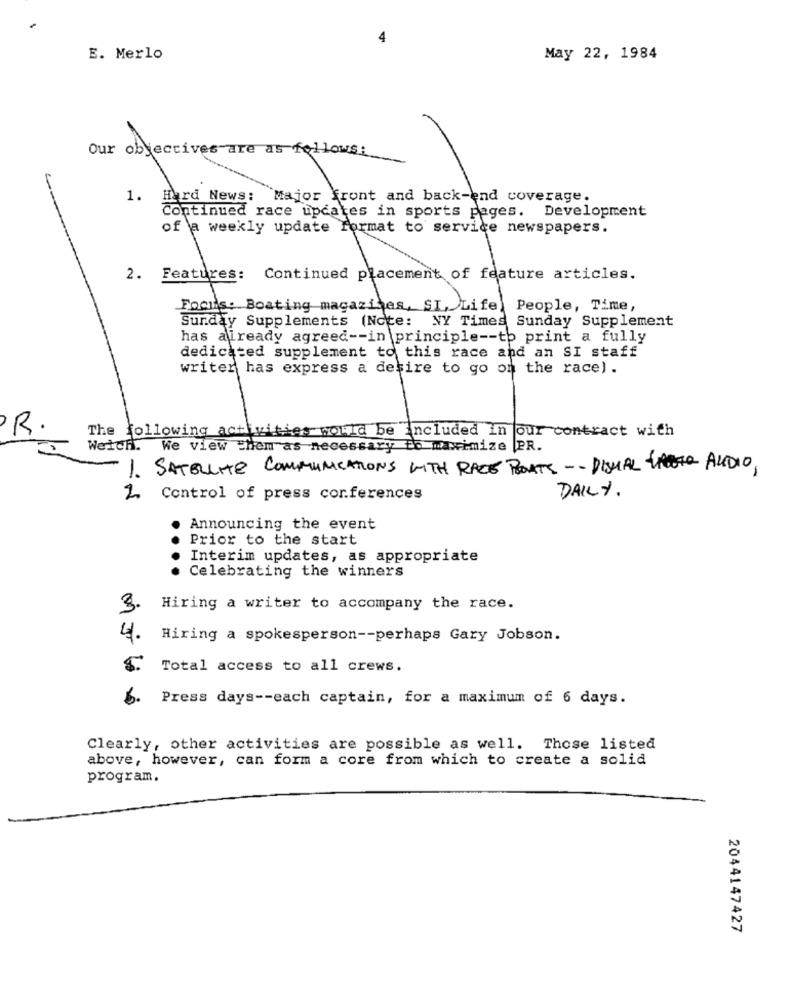
E. Merlo
May 22, 1984
Our objectives are as follows:
1. Hard News: Major front and back-end coverage.
Continued race updates in sports pages. Development
of a weekly update format to service newspapers.
2. Features: Continued placement of feature articles.
Focus. Boating magazines, SI, Life
People, Time,
Sunday Supplements (Note: NY Times Sunday Supplement
has already agreed -- in principle -- to print a fully
dedicated supplement to this race and an SI staff
writer has express a desire to go on the race) .
·R.
The following activities would be included in four contract with
Weich. We view them as necessary to maximize PR.
1. SATELLITE COMMUNICATIONS WITH RACE BOATS -- DISHAL THER AUDIO,
2. Control of press conferences
DAILY.
Announcing the event
Prior to the start
Interim updates, as appropriate
Celebrating the winners
3.
Hiring a writer to accompany the race.
4.
Hiring a spokesperson -- perhaps Gary Jobson.
5.
Total access to all crews.
Press days -- each captain, for a maximum of 6 days.
Clearly, other activities are possible as well. Those listed
above, however, can form a core from which to create a solid
program.
2044147427